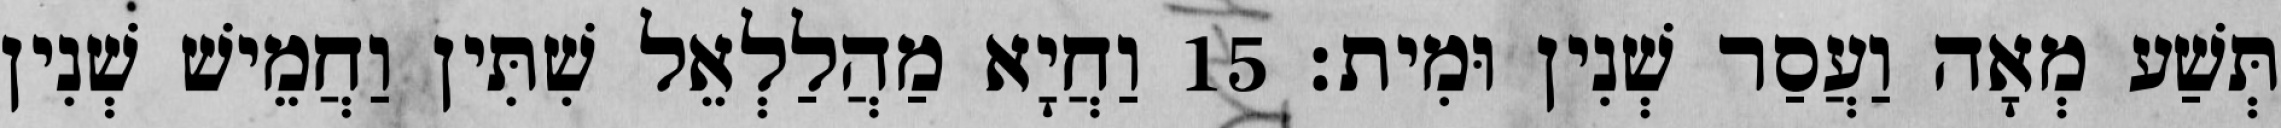
תְּשַׁע מְאָה וַעֲסַר שְׁנִין וּמִית׃ 15 וַחֲיָא מַהֲלַלְאֵל שִׁתִּין וַחֲמֵישׁ שְׁנִין